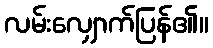
လမ်းလျှောက်ပြန်၏။